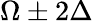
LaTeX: \Omega\pm 2\Delta